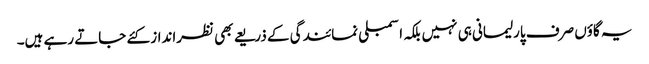
یہ گاؤں صرف پارلیمانی ہی نہیں بلکہ اسمبلی نمائندگی کے ذریعے بھی نظرانداز کئے جاتے رہے ہیں۔